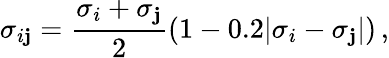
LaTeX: \sigma_{i\mathbf{j}}=\frac{{\sigma_{i}+\sigma_{\mathbf{j}}}}{{2}}\left(1-0.2|\sigma_{i}-\sigma_{\mathbf{j}}|\right)\, ,